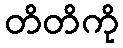
တိတိကို